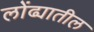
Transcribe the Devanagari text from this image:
लोंढ्यातील